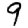
Digit: 9